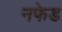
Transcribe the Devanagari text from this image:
नफेड